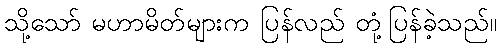
သို့သော် မဟာမိတ်များက ပြန်လည် တုံ့ပြန်ခဲ့သည်။